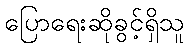
ပြောရေးဆိုခွင့်ရှိသူ